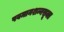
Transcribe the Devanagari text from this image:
पवमानशन्नसूक्त